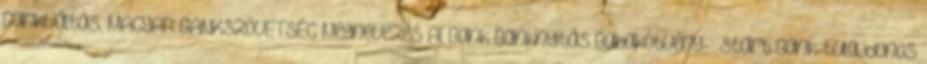
Bankváltás. MAGYAR BANKSZÖVETSÉG Megnevezés Al Bank Banknyitás Babakötvény- Start Bank-tulajdonos